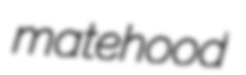
matehood